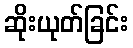
ဆိုးယုတ်ခြင်း